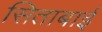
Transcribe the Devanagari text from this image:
सिताबाई